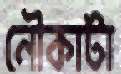
নৌকাটা